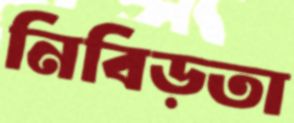
নিবিড়তা